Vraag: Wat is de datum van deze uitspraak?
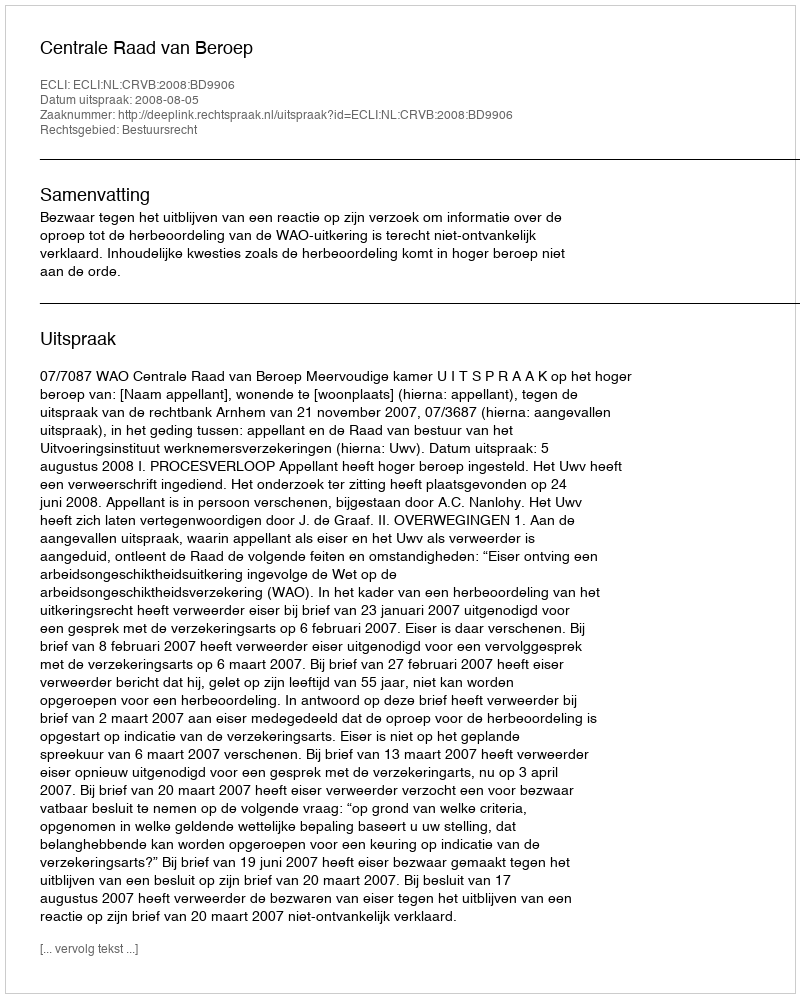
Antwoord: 2008-08-05